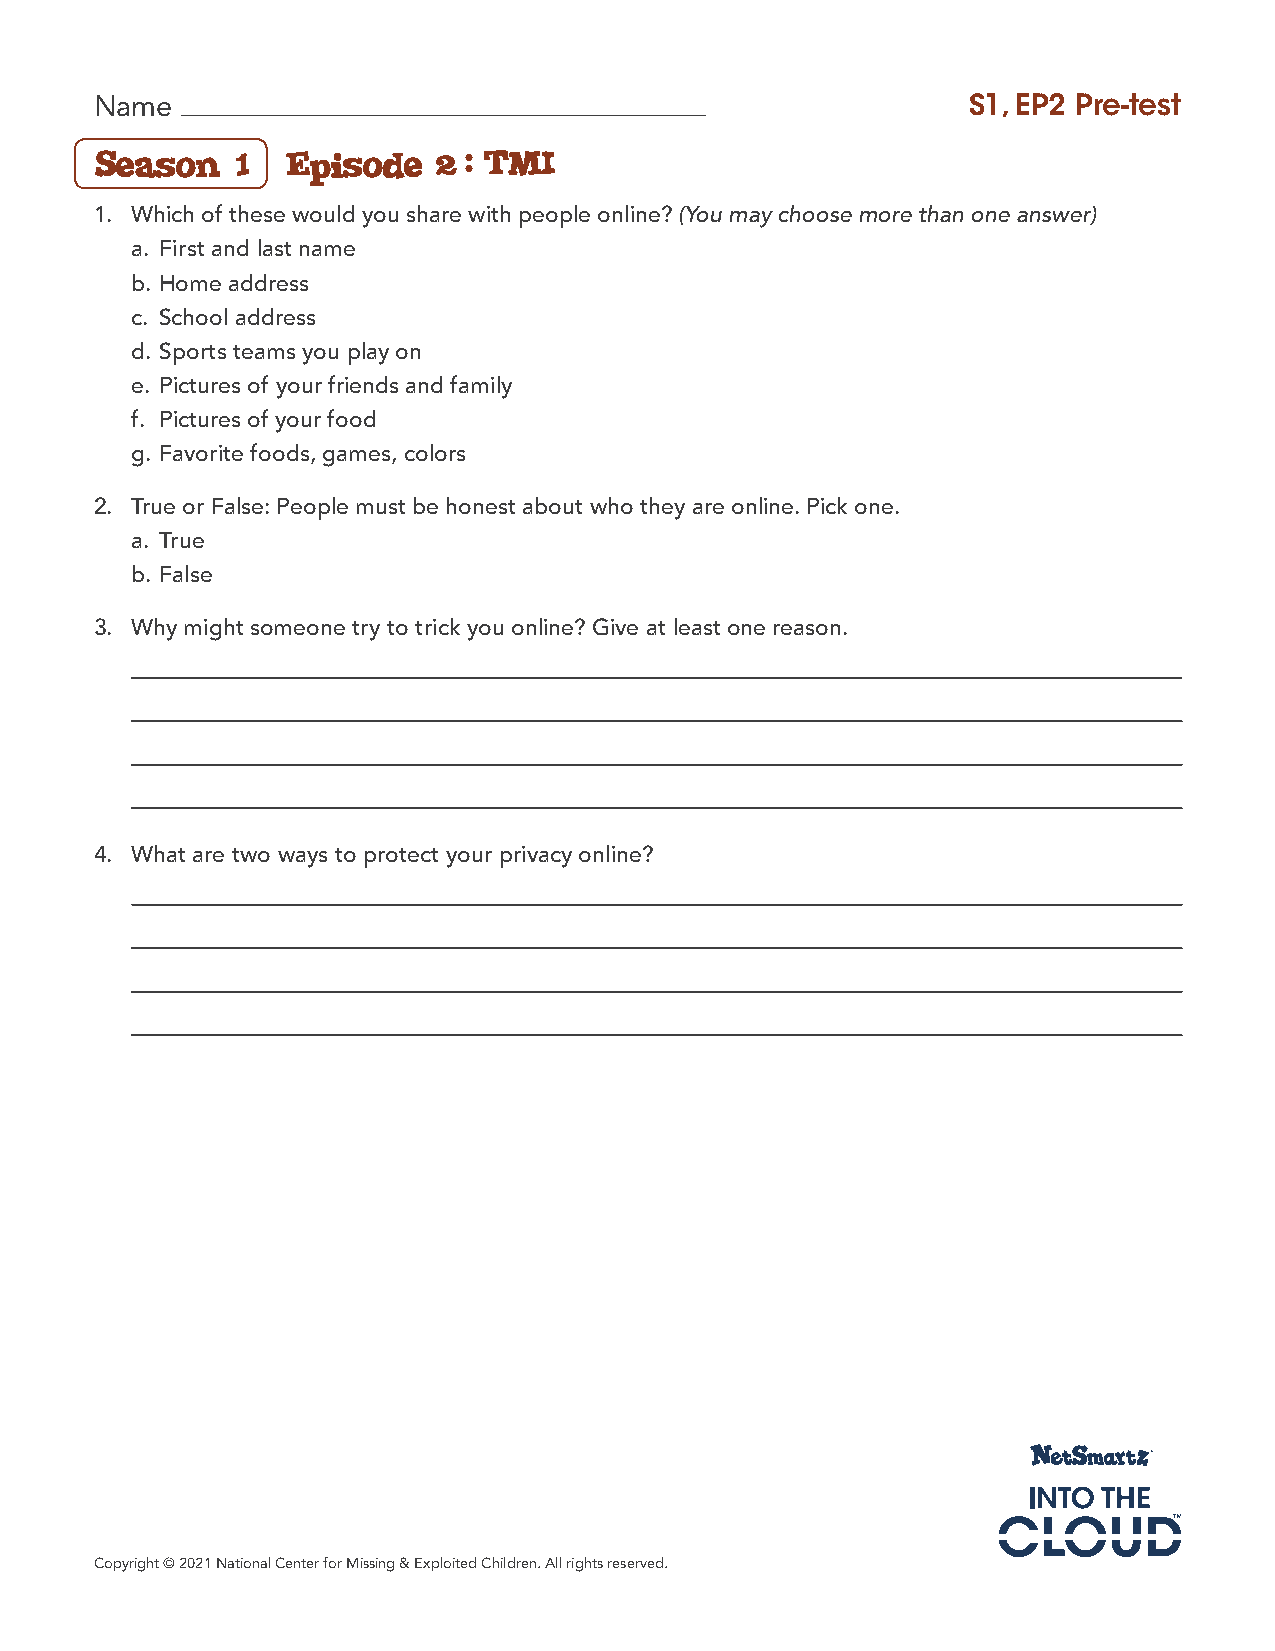
Name                                                      S1, EP2 Pre-test
 Season   1   Episode   2: TMI
 1. Which of these would you share with people online? (You may choose more than one answer)
 a. First and last name
 b. Home address
 c. School address
 d. Sports teams you play on
 e. Pictures of your friends and family
 f. Pictures of your food
 g. Favorite foods, games, colors
 2. True or False: People must be honest about who they are online. Pick one.
 a. True
 b. False
 3. Why might someone try to trick you online? Give at least one reason.
 4. What are two ways to protect your privacy online?
 Copyright © 2021 National Center for Missing & Exploited Children. All rights reserved.